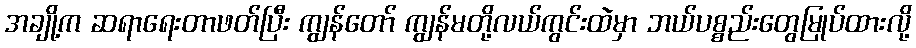
အချို့က ဆရာရေးတာဖတ်ပြီး ကျွန်တော် ကျွန်မတို့လယ်ကွင်းထဲမှာ ဘယ်ပစ္စည်းတွေမြုပ်ထားလို့